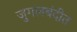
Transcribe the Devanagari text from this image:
जुगलबंदीत